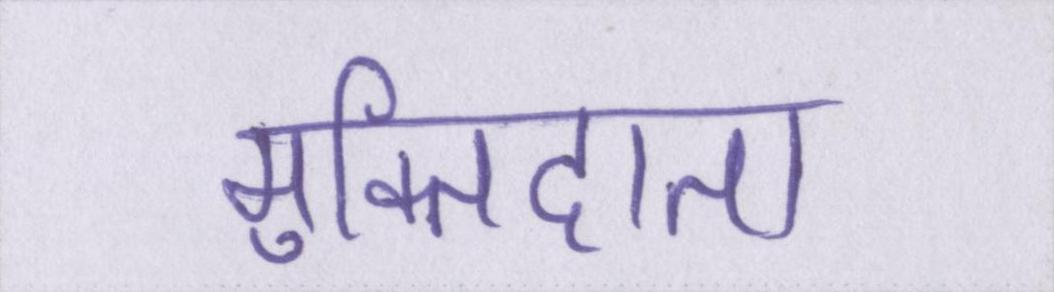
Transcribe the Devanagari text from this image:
मुक्तिदाता